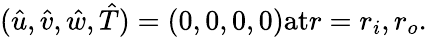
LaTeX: \begin{array}{r}{(\hat{u},\hat{v},\hat{w},\hat{T})=(0,0,0,0)\textrm{at}r=r_{i},r_{o}.}\end{array}